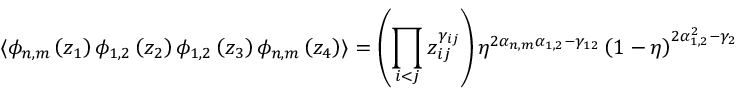
\langle \phi _ { n , m } \left( z _ { 1 } \right) \phi _ { 1 , 2 } \left( z _ { 2 } \right) \phi _ { 1 , 2 } \left( z _ { 3 } \right) \phi _ { n , m } \left( z _ { 4 } \right) \rangle = \left( \prod _ { i < j } z _ { i j } ^ { \gamma _ { i j } } \right) \eta ^ { 2 \alpha _ { n , m } \alpha _ { 1 , 2 } - \gamma _ { 1 2 } } \left( 1 - \eta \right) ^ { 2 \alpha _ { 1 , 2 } ^ { 2 } - \gamma _ { 2 3 } } Y \left( \eta \right)